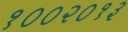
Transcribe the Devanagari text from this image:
१००२०१३